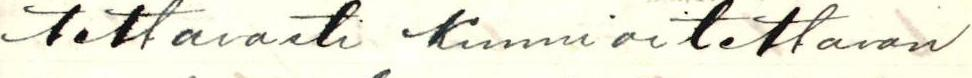
tettavasti Kunnioitettavan